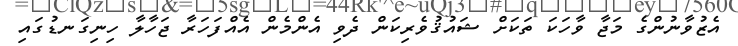
އެޒުވާނުންގެ މަޖާ ވާހަކަ ތަކަށް ޝައުޤުވެރިކަން ދެވި އެންމެން އެއްފަހަރާ ޖަހާލާ ހިނިގަނޑުގައި